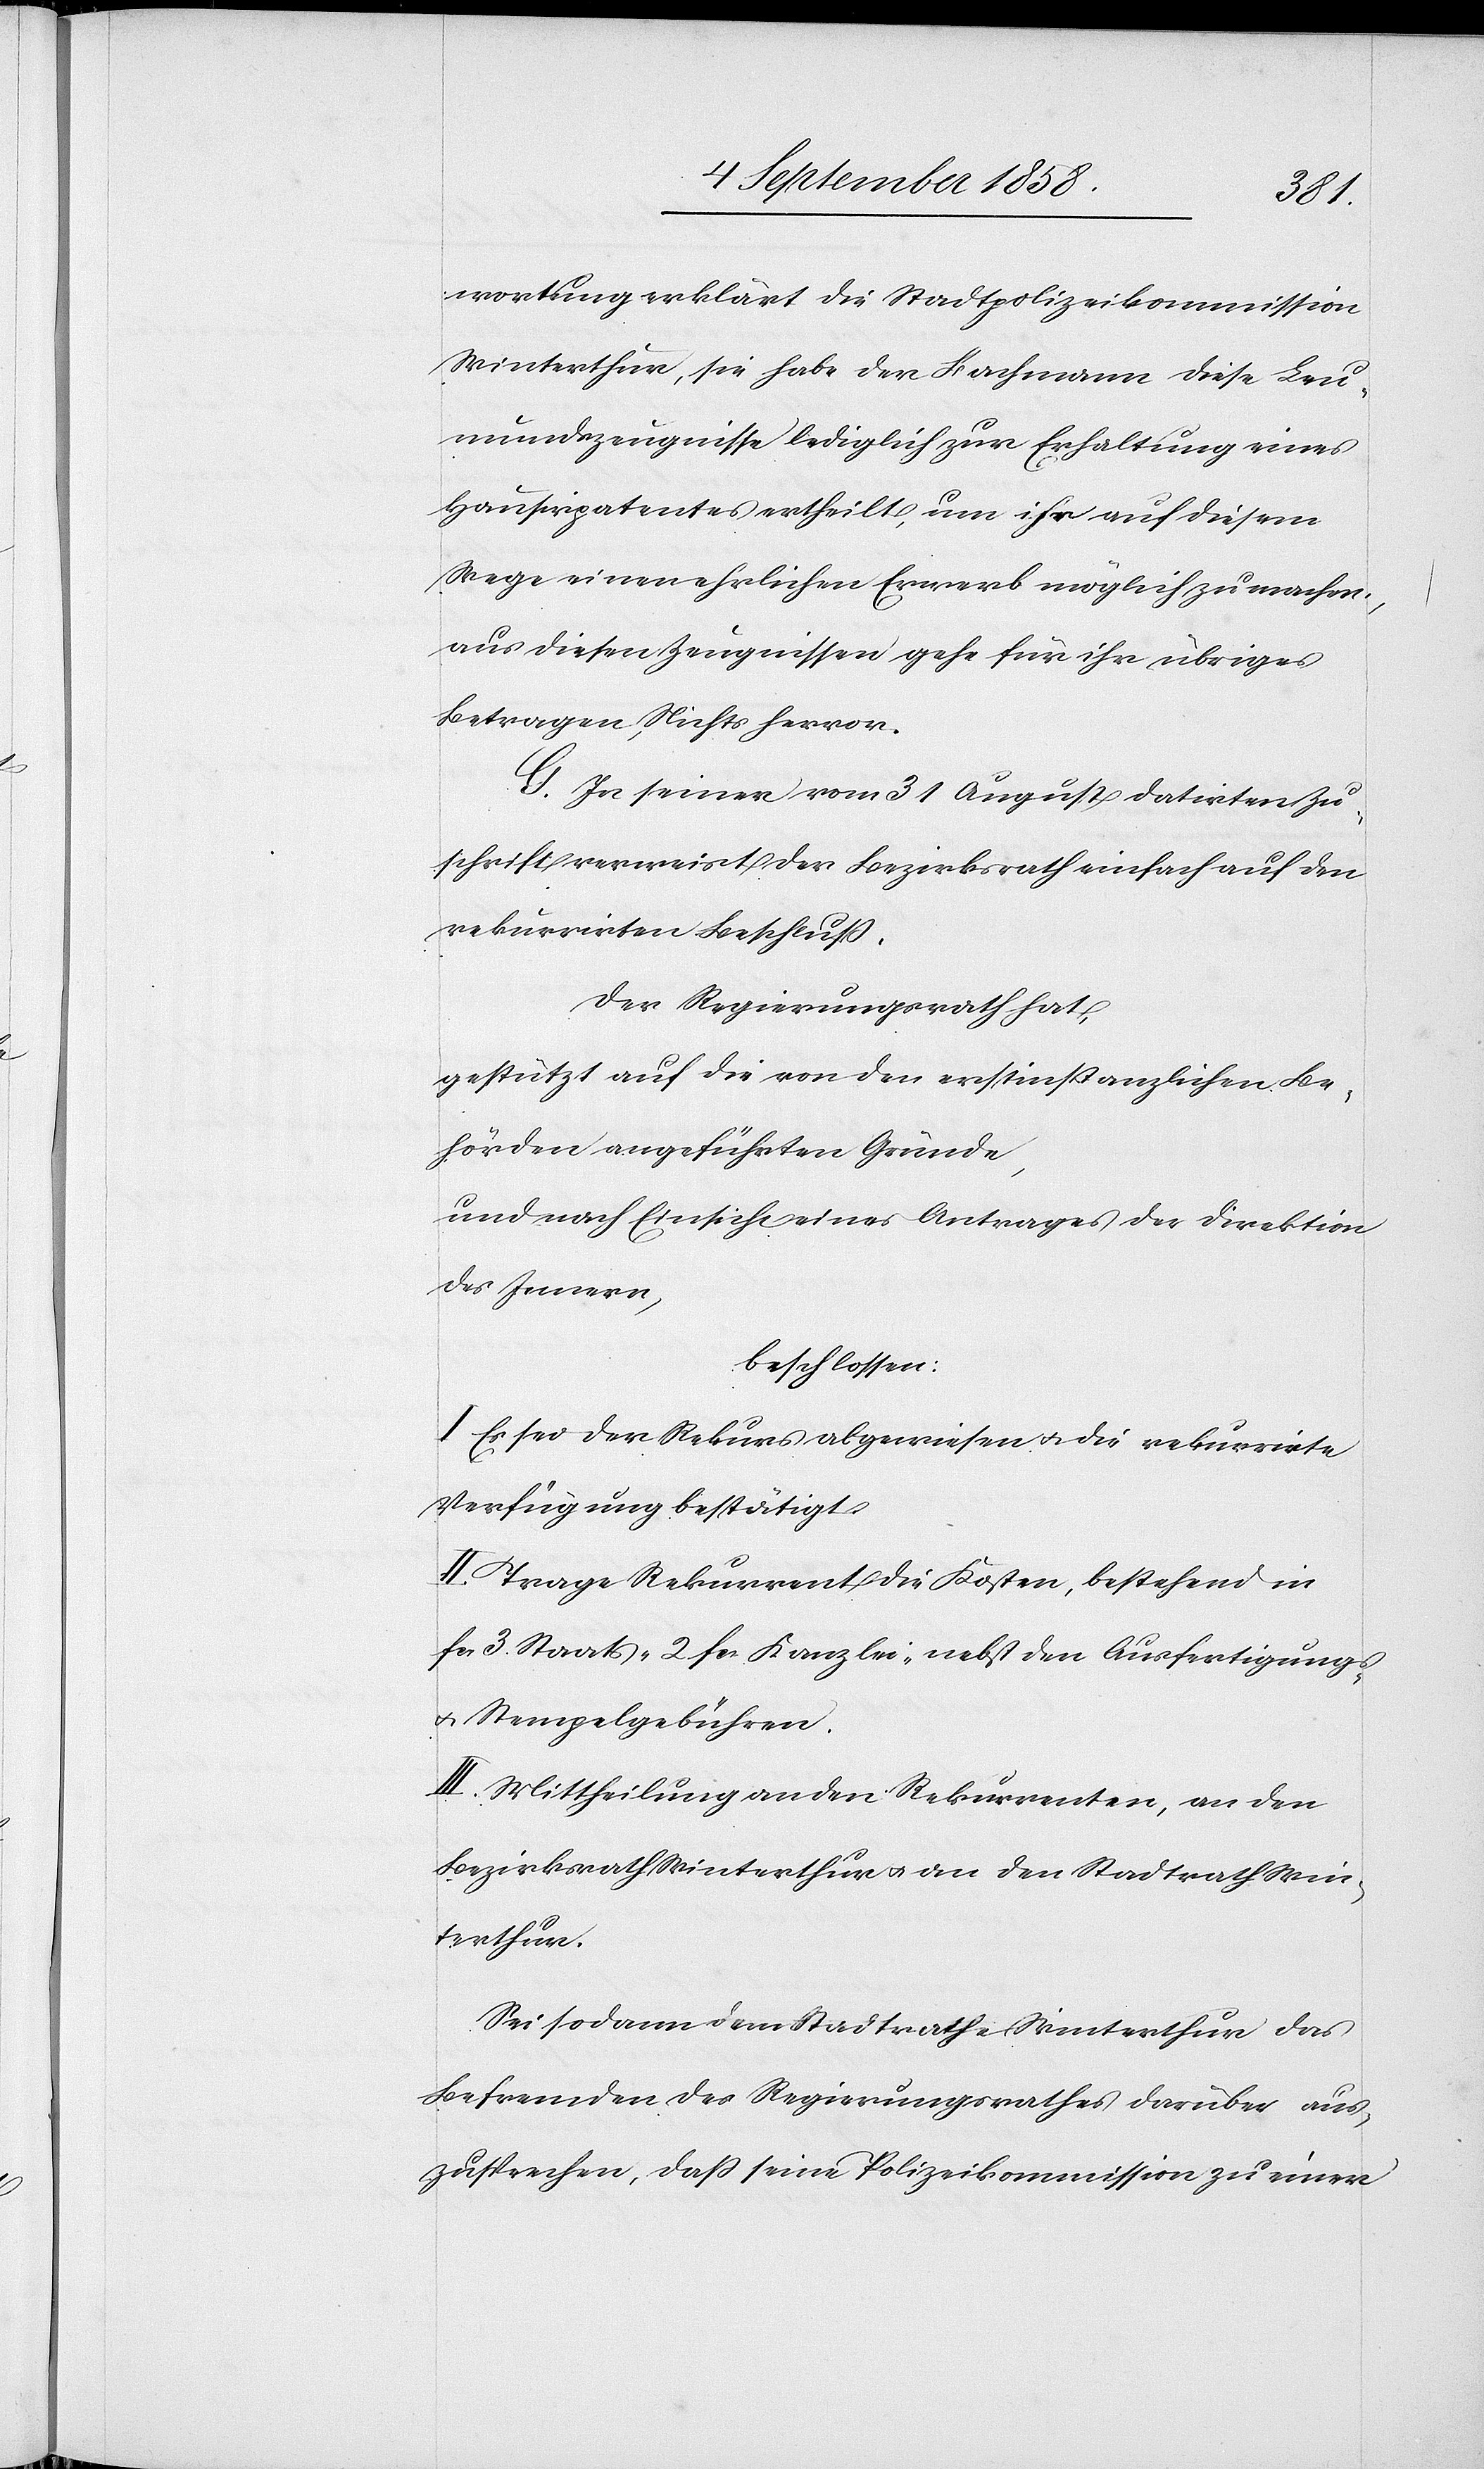
wortung erklärt die Stadtpolizeikommission
Winterthur, sie habe der Bachmann diese Leu¬
mundszeugnisse lediglich zur Erhaltung eines
Hausirpatentes ertheilt, um ihr auf diesem
Wege einen ehrlichen Erwerb möglich zu machen,
aus diesen Zeugnissen gehe für ihr übriges
Betragen, Nichts hervor.
G. In seiner vom 31 August datirten Zu¬
schrift verweist der Bezirksrath einfach auf den
rekurrirten Beschluß.
Der Regierungsrath hat,
gestützt auf die von den erstinstanzlichen Be¬
hörden angeführten Gründe,
und nach Einsicht eines Antrages der Direktion
des Innern,
beschlossen:
I. Es sei der Rekurs abgewiesen & die rekurrirte
Verfügung bestätigt.
II. Trage Rekurrent die Kosten, bestehend in
fcs. 3. Staats-[,] 2 fcs. Kanzlei-[,] nebst den Ausfertigungs-
& Stempelgebühren.
III. Mittheilung an den Rekurrenten, an den
Bezirksrath Winterthur & an den Stadtrath Win¬
terthur.
Sei sodann dem Stadtrathe Winterthur das
Befremden des Regierungsrathes darüber aus¬
zusprechen, dass seine Polizeikommission zu einer